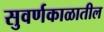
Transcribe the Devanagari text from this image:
सुवर्णकाळातील